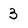
Character: 3